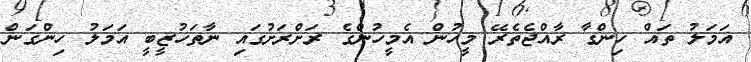
އަމަލު ތައް ހިންގާ ރާއްޖެތެރޭ މީހުން އެމީހުންގެ ރަށްރަށުގައި ނާތަހުޒީބީ އަމަލު ހިންގަން